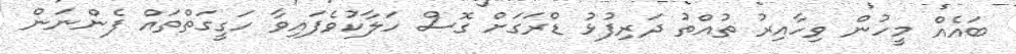
ބައެއް މީހުން ވިހާއިރު ތުއްތު ދަރިފުޅު ޑްރަގަށް ގޮސް ހަލާކުވެފައިވާ ހަގީގަތްތައް ފެންނަން